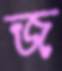
জ